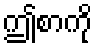
ဤစာကို